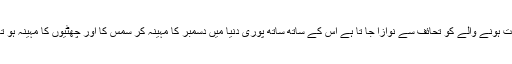
رخصت ہونے والے کو تحائف سے نوازا جا تا ہے اس کے ساتھ ساتھ پوری دنیا میں دسمبر کا مہینہ کر سمس کا اور چھٹیوں کا مہینہ ہو تا ہے ۔